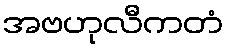
အဗဟုလီကတံ